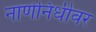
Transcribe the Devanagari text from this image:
नाणेनिधीवर